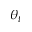
\theta _ { t }